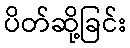
ပိတ်ဆို့ခြင်း